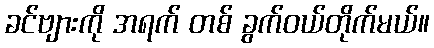
ခင်ဗျားကို အရက် တစ် ခွက်ဝယ်တိုက်မယ်။